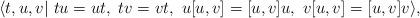
LaTeX: \begin{align*}\langle{t,u,v}|~tu=ut,~tv=vt,~u[u,v]=[u,v]u,~v[u,v]=[u,v]v\rangle,\end{align*}